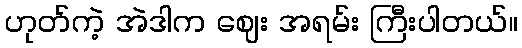
ဟုတ်ကဲ့ အဲဒါက ဈေး အရမ်း ကြီးပါတယ်။